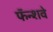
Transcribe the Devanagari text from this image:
फॅन्शवे